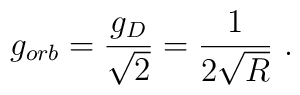
g_{orb}=\frac{g_{D}}{\sqrt{2}}=\frac{1}{2\sqrt{R}}\ .